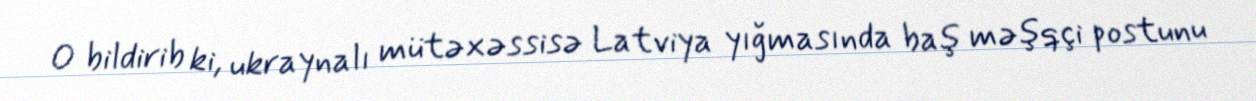
O bildirib ki, ukraynalı mütəxəssisə Latviya yığmasında baş məşqçi postunu